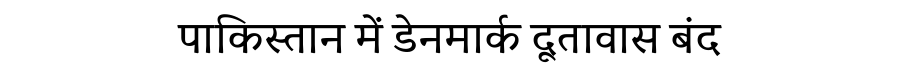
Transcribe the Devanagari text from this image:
पाकिस्तान में डेनमार्क दूतावास बंद